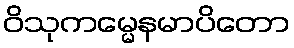
ဝိသုကမ္မေနမာပိတော